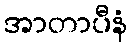
အာတာပီနံ